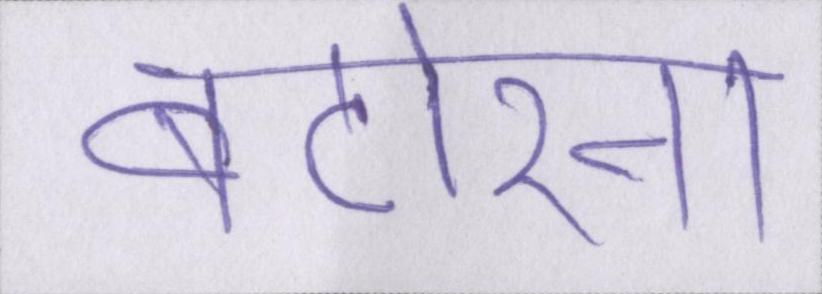
बटोरना